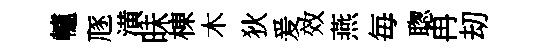
轤豗潢昧棟木狄爰效燕毎聦冉刧